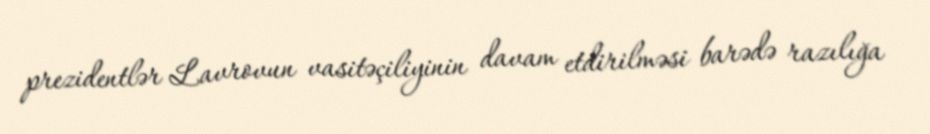
prezidentlər Lavrovun vasitəçiliyinin davam etdirilməsi barədə razılığa